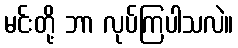
မင်းတို့ ဘာ လုပ်ကြပါသလဲ။